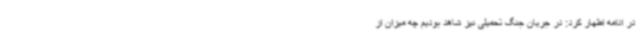
در ادامه اظهار کرد: در جریان جنگ تحمیلی نیز شاهد بودیم چه میزان از